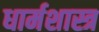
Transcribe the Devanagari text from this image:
धार्मशास्त्र